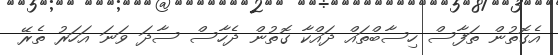
އެގޮތުން ތަފާސް ހިސާބްތައް ދައްކާ ގޮތުން ދެހާސް ސާދަ ވަނަ އަހަރު ތެރޭ